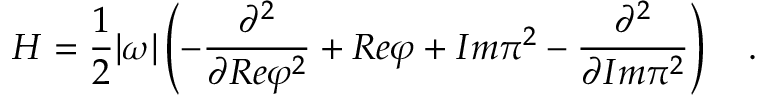
H = \frac { 1 } { 2 } | \omega | \left( - \frac { \partial ^ { 2 } } { \partial R e \varphi ^ { 2 } } + R e \varphi + I m \pi ^ { 2 } - \frac { \partial ^ { 2 } } { \partial I m \pi ^ { 2 } } \right) \ \ \ .